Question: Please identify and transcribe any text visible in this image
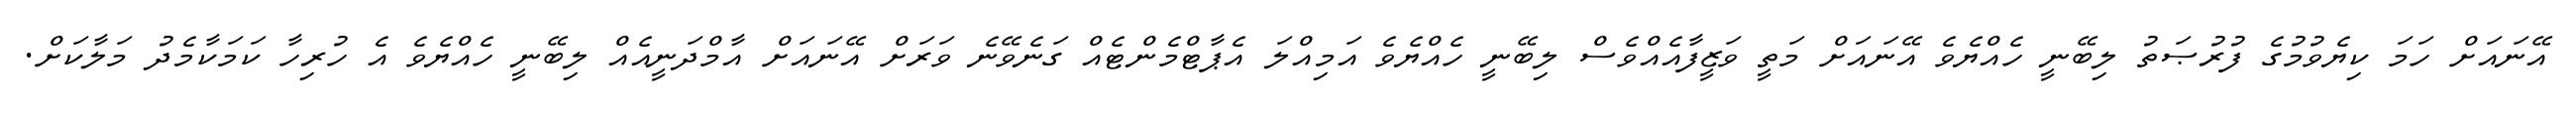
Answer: އޭނައަށް ހަމަ ކިޔެވުމުގެ ފުރުޞަތު ލިބޭނީ ހެއްޔެވެ އޭނައަށް މަތީ ވަޒީފާއެއްވެސް ލިބޭނީ ހެއްޔެވެ އަމިއްލަ އެޕާޓްމެންޓެއް ގަނެވޭނެ ވަރަށް އޭނައަށް އާމްދަނީއެއް ލިބޭނީ ހެއްޔެވެ އެ ހުރިހާ ކަމަކާމެދު މަލާކަށް.